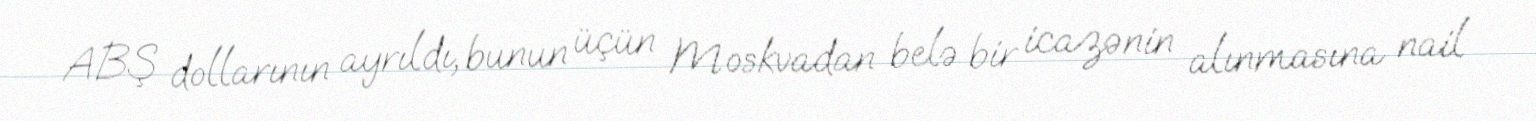
ABŞ dollarının ayrıldı, bunun üçün Moskvadan belə bir icazənin alınmasına nail